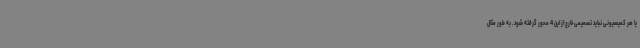
یا هر کمیسیونی نباید تصمیمی خارج از این 4 محور گرفته شود. به طور مثال